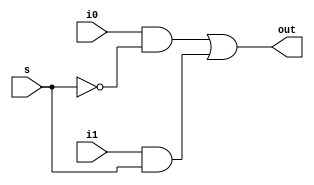
//21
// | Author
//  (pika1021@gmail.com)
`ifndef MULTIPLEXER2TO1_V_INCLUDED
	`define MULTIPLEXER2TO1_V_INCLUDED
	`timescale 1ns / 100ps

	module multiplexer2to1(out,i1,i0,s);
		input i0,i1,s;
		output out;
		wire net1, net2;

		not a1(sbar,s);
		and a2(net1,i0,sbar);
		and a3(net2,i1,s);
		or a4(out,net1,net2);
	endmodule
`endif